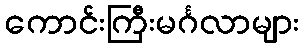
ကောင်းကြီးမင်္ဂလာများ